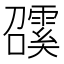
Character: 𩅖